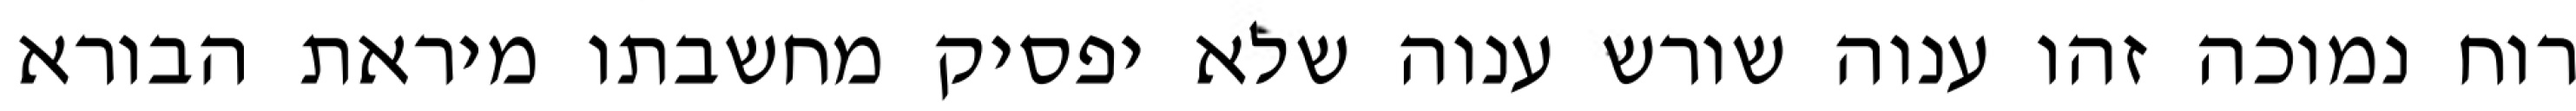
רוח נמוכה זהו ענוה שורש ענוה שלא יפסיק מחשבתו מיראת הבורא